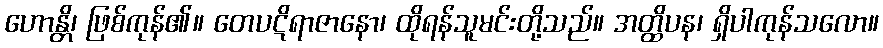
ဟောန္တိ၊ ဖြစ်ကုန်၏။ တေပဋိရာဇာနော၊ ထိုရန်သူမင်းတို့သည်။ အတ္ထိပန၊ ရှိပါကုန်သလော။